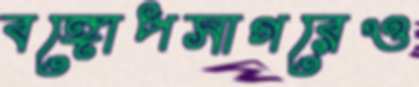
বঙ্গোপসাগরেও